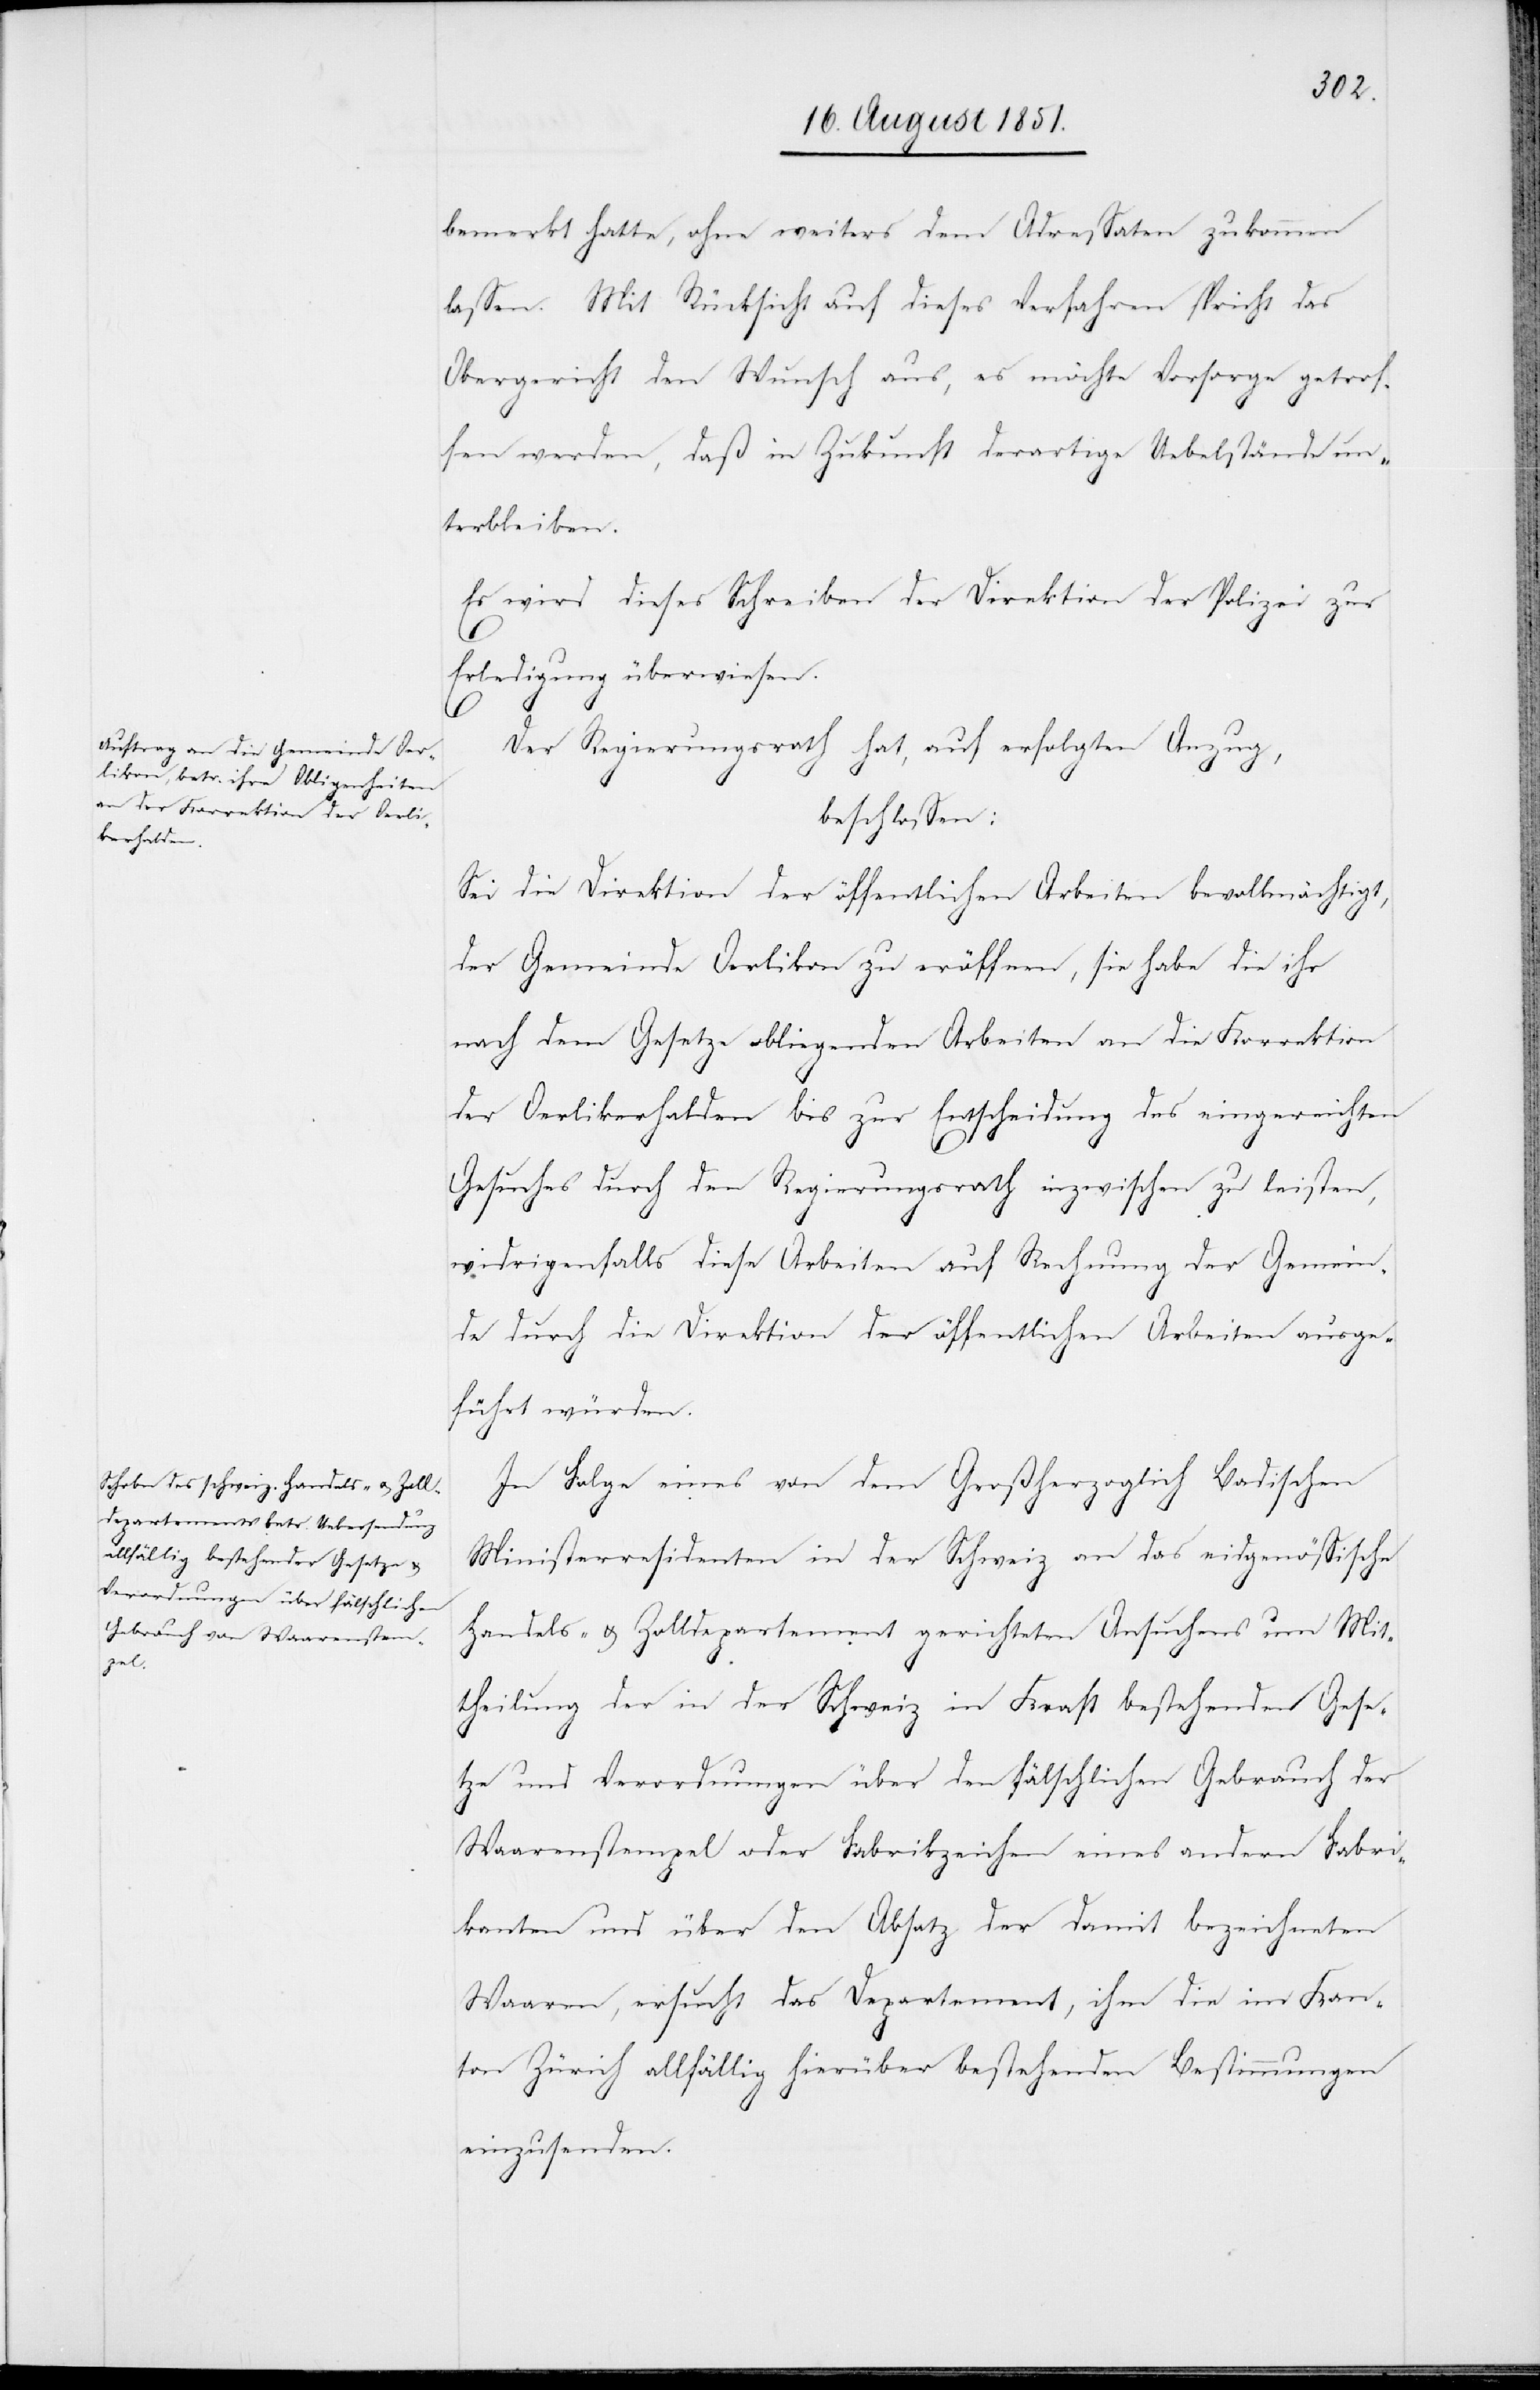
bemerkt hatte, ohne weiters dem Adressaten zukommen
lassen. Mit Rücksicht auf dieses Verfahren spricht das
Obergericht den Wunsch aus, es möchte Vorsorge getrof¬
fen werden, daß in Zukunft derartige Uebelstände un¬
terbleiben.
Es wird dieses Schreiben der Direktion der Polizei zur
Erledigung überwiesen.
Der Regierungsrath hat, auf erfolgten Anzug,
beschlossen:
Sei die Direktion der öffentlichen Arbeiten bevollmächtigt,
der Gemeinde Oerlikon zu eröffnen, sie habe die ihr
nach dem Gesetze obliegenden Arbeiten an die Korrektion
der Oerlikerhalden bis zur Entscheidung des eingereichten
Gesuches durch den Regierungsrath inzwischen zu leisten,
widrigenfalls diese Arbeiten auf Rechnung der Gemein¬
de durch die Direktion der öffentlichen Arbeiten ausge¬
führt würden.
In Folge eines von dem Großherzoglich Badischen
Ministerresidenten in der Schweiz an das eidgenössische
Handels- & Zolldepartement gerichteten Ansuchens um Mit¬
theilung der in der Schweiz in Kraft bestehenden Gese¬
tze und Verordnungen über den fälschlichen Gebrauch der
Waarenstempel oder Fabrikzeichen eines andern Fabri¬
kanten und über den Absatz der damit bezeichneten
Waaren, ersucht das Departement, ihm die im Kan¬
ton Zürich allfällig hierüber bestehenden Bestimmungen
einzusenden.